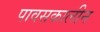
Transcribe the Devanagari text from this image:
पावसकालीन